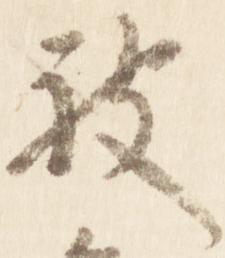
被